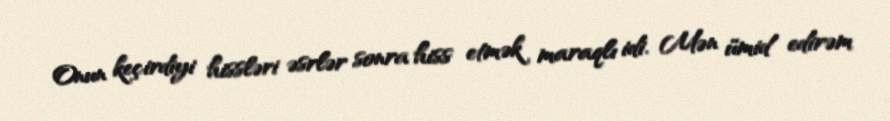
Onun keçirdiyi hissləri əsrlər sonra hiss etmək maraqlı idi. Mən ümid edirəm